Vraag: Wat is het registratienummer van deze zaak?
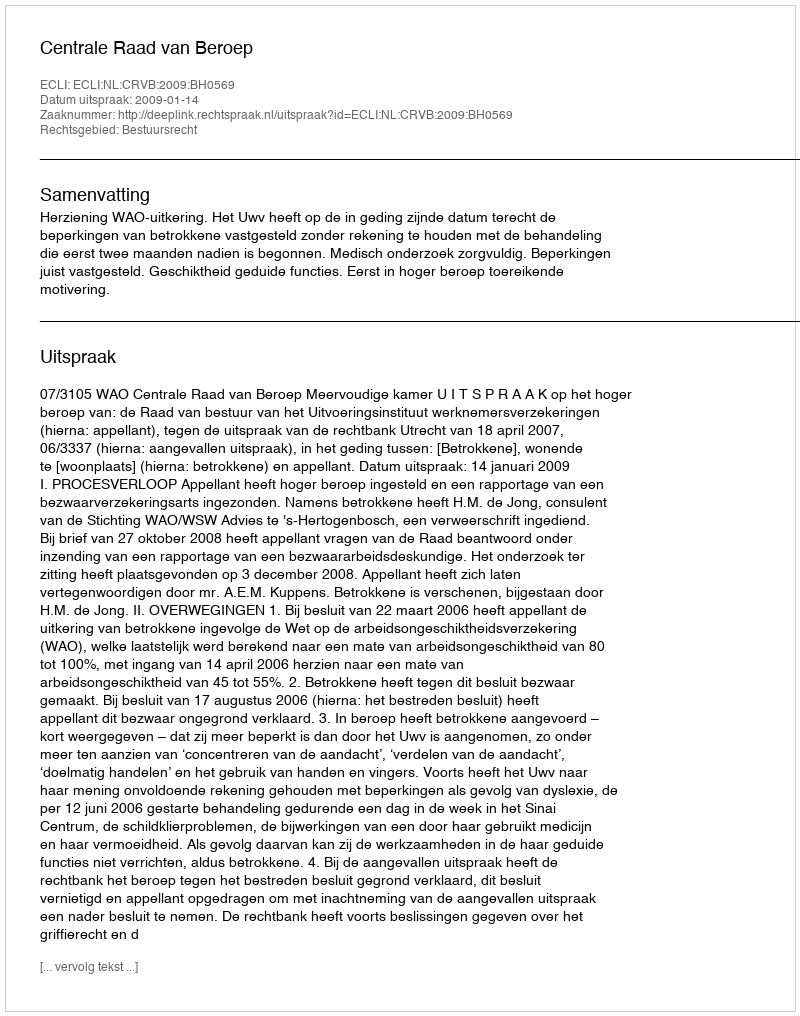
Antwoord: http://deeplink.rechtspraak.nl/uitspraak?id=ECLI:NL:CRVB:2009:BH0569